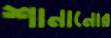
শানানোর